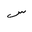
Letter: _sin